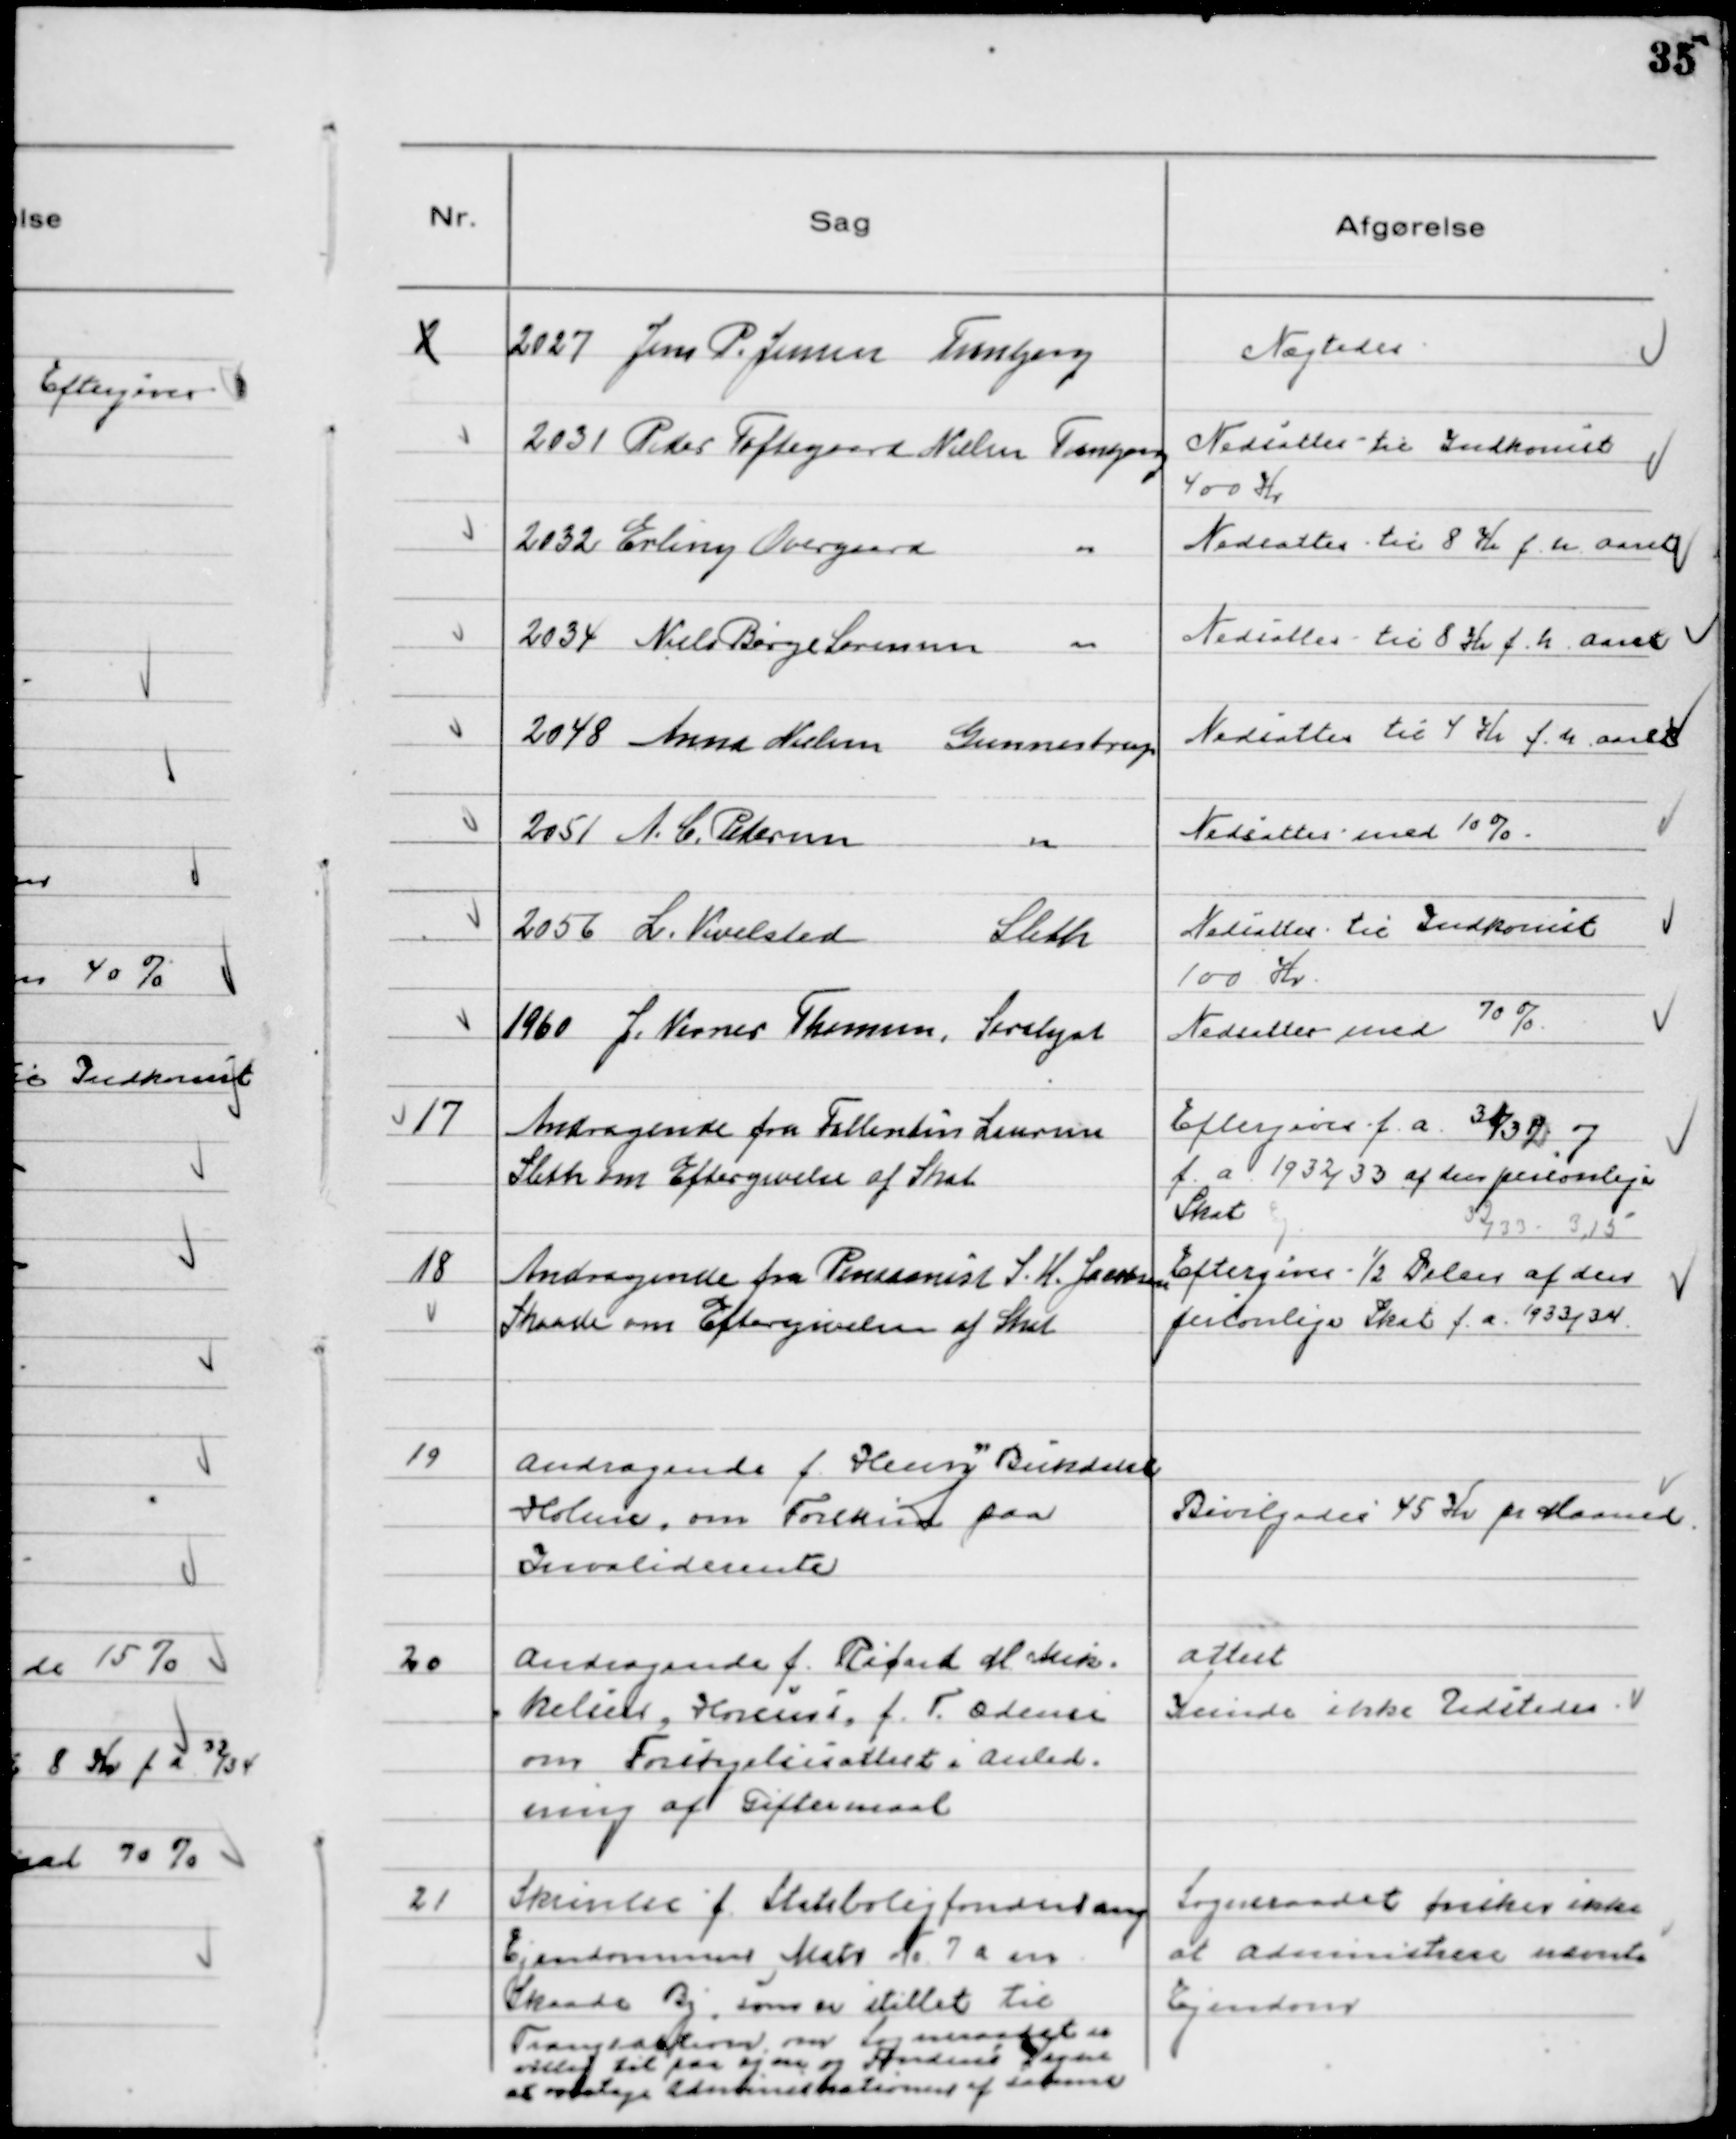
Transskription:
2
2027 Jens P. Jensen Tranbjerg

Nægtedes

2031 Peder Toftegaard Nielsen Tranbjerg

Nedsattes til Indkomst
400 Kr

2032 Erling Overgaard
"

Nedsattes til 8 Kr f. h. Aaret

2034 Niels Børge Sørensen
"

Nedsattes til 8 Kr f. h. Aaret

2048 Anna Nielsen Gunnestrup

Nedsattes til 4 Kr f. h. Aaret

2051 A. C. Pedersen
"

Nedsattes med 10%

2056 L. Vivelsted
Sleth

Nedsattes til Indkomst
100 Kr.

1960 J. Verner Thomsen, Saralyst

Nedsattes med 70%

17
Andragende fra Fallentin Laursen
Sleth om Eftergivelse af Skat

Eftergives f.a. 31/32 og
f.a. 1932/33 af den personlige
Skat
32/33 3,15

18
Andragende fra Pensionist S. H. Jacobsen
Skaade om Eftergivelse af Skat

Eftergives ½ Delen af den
personlige Skat f.a. 1933/34

19
Andragende f. Henry Bukdahl
Holme, om Forskud paa
Invaliderente

Bevilgedes 45 Kr pr Maaned

20
Andragende f. Ricard M Mik-
kelsen, Horsens, f. T. Odense
om Forsørgelsesattest i Anled-
ning af Giftermaal

Attest
Kunde ikke Udstedes

21
Skrivelse f. Statsboligfonden ang
Ejendommen Matr № 7a m
Skaade By, som er stillet til
Tvangsaktion, om Sogneraadet er
villig til paa egne og Fondens Vegne
at overtage Administrationen af samme

Sogneraadet ønsker ikke
at administrere nævnte
Ejendom